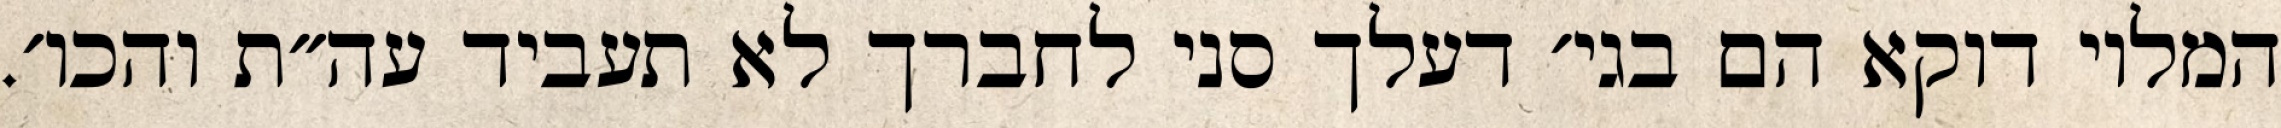
המלוי דוקא הם בגי׳ דעלך סני לחברך לא תעביד עה״ת והכו׳.